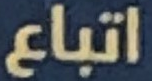
اتباع